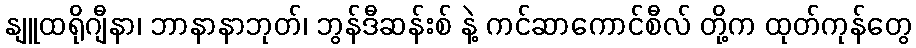
နျူထရိုဂျီနာ၊ ဘာနာနာဘုတ်၊ ဘွန်ဒီဆန်းစ် နဲ့ ကင်ဆာကောင်စီလ် တို့က ထုတ်ကုန်တွေ